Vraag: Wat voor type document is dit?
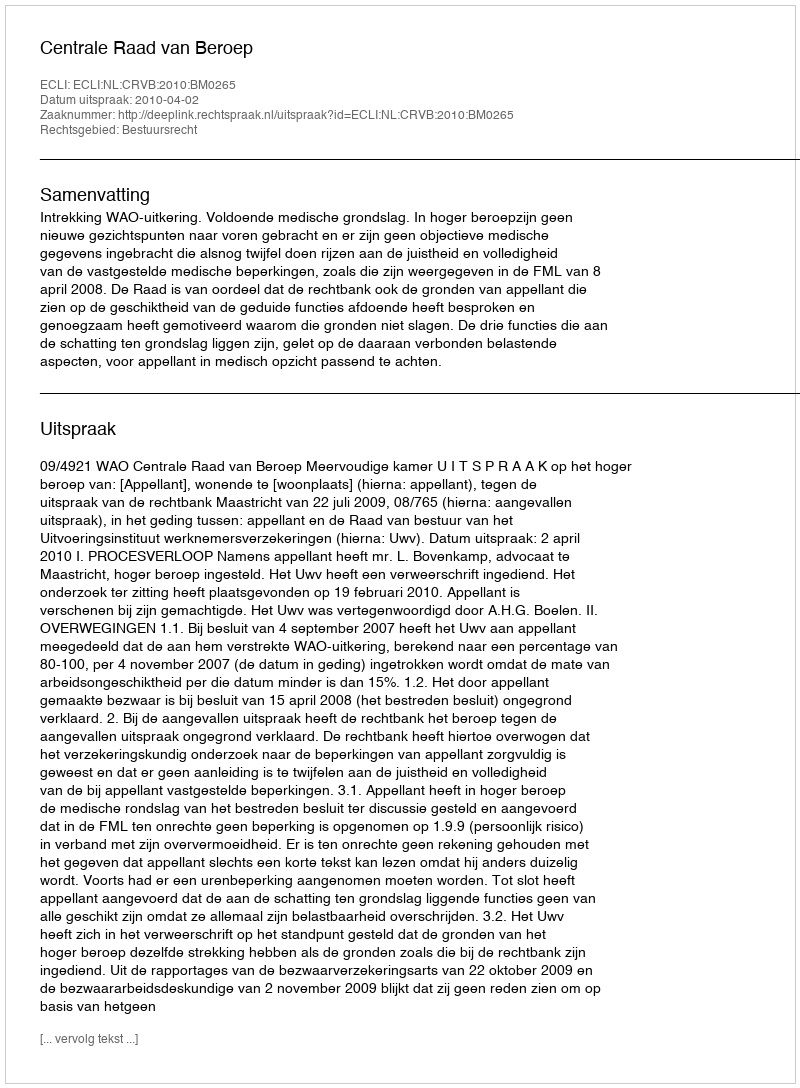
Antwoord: Uitspraak